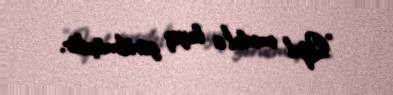
"Qızıl medal"a layiq görülmüşdür.